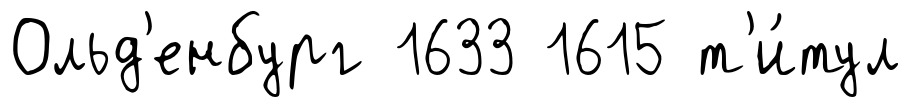
Ольд'енбург 1633 1615 т'и́тул